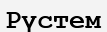
Рүстем